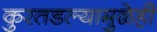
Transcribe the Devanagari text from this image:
कुरतडल्यामुळेही